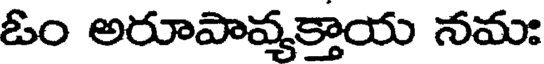
ఓం అరూపావ్యక్తాయ నమః